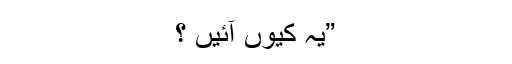
”یہ کیوں آئیں ؟